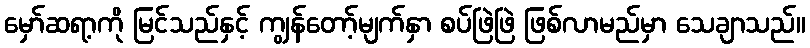
မှော်ဆရာ့ကို မြင်သည်နှင့် ကျွန်တော့်မျက်နှာ စပ်ဖြဲဖြဲ ဖြစ်လာမည်မှာ သေချာသည်။